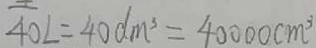
4 0 L = 4 0 d m ^ { 3 } = 4 0 0 0 0 c m ^ { 3 }